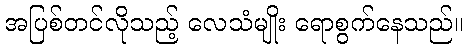
အပြစ်တင်လိုသည့် လေသံမျိုး ရောစွက်နေသည်။